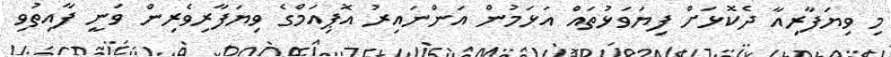
މި ވިޔަފާރިއާ ދެކޮޅަށް ފިޔަވަޅުތައް އަޅަމުން އަންނައިރު އޮޕިއަމްގެ ވިޔަފާރިވެރިން ވަނީ ފާއިތުވި